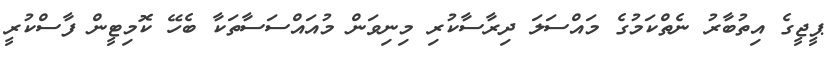
ޕީޖީގެ އިތުބާރު ނެތްކަމުގެ މައްސަލަ ދިރާސާކުރި މިނިވަން މުއައްސަސާތަކާ ބެހޭ ކޮމިޓީން ފާސްކުރީ